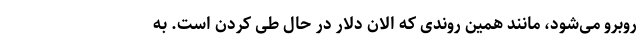
روبرو می‌شود، مانند همین روندی که الان دلار در حال طی کردن است. به